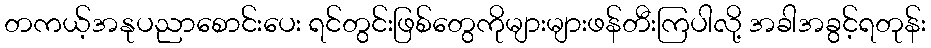
တကယ့်အနုပညာစောင်းပေး ရင်တွင်းဖြစ်တွေကိုများများဖန်တီးကြပါလို့ အခါအခွင့်ရတုန်း